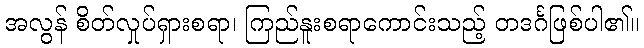
အလွန် စိတ်လှုပ်ရှားစရာ၊ ကြည်နူးစရာကောင်းသည့် တဒင်္ဂဖြစ်ပါ၏။